NAE_ERA_R-2362_Emakeele_Selts, lk 94
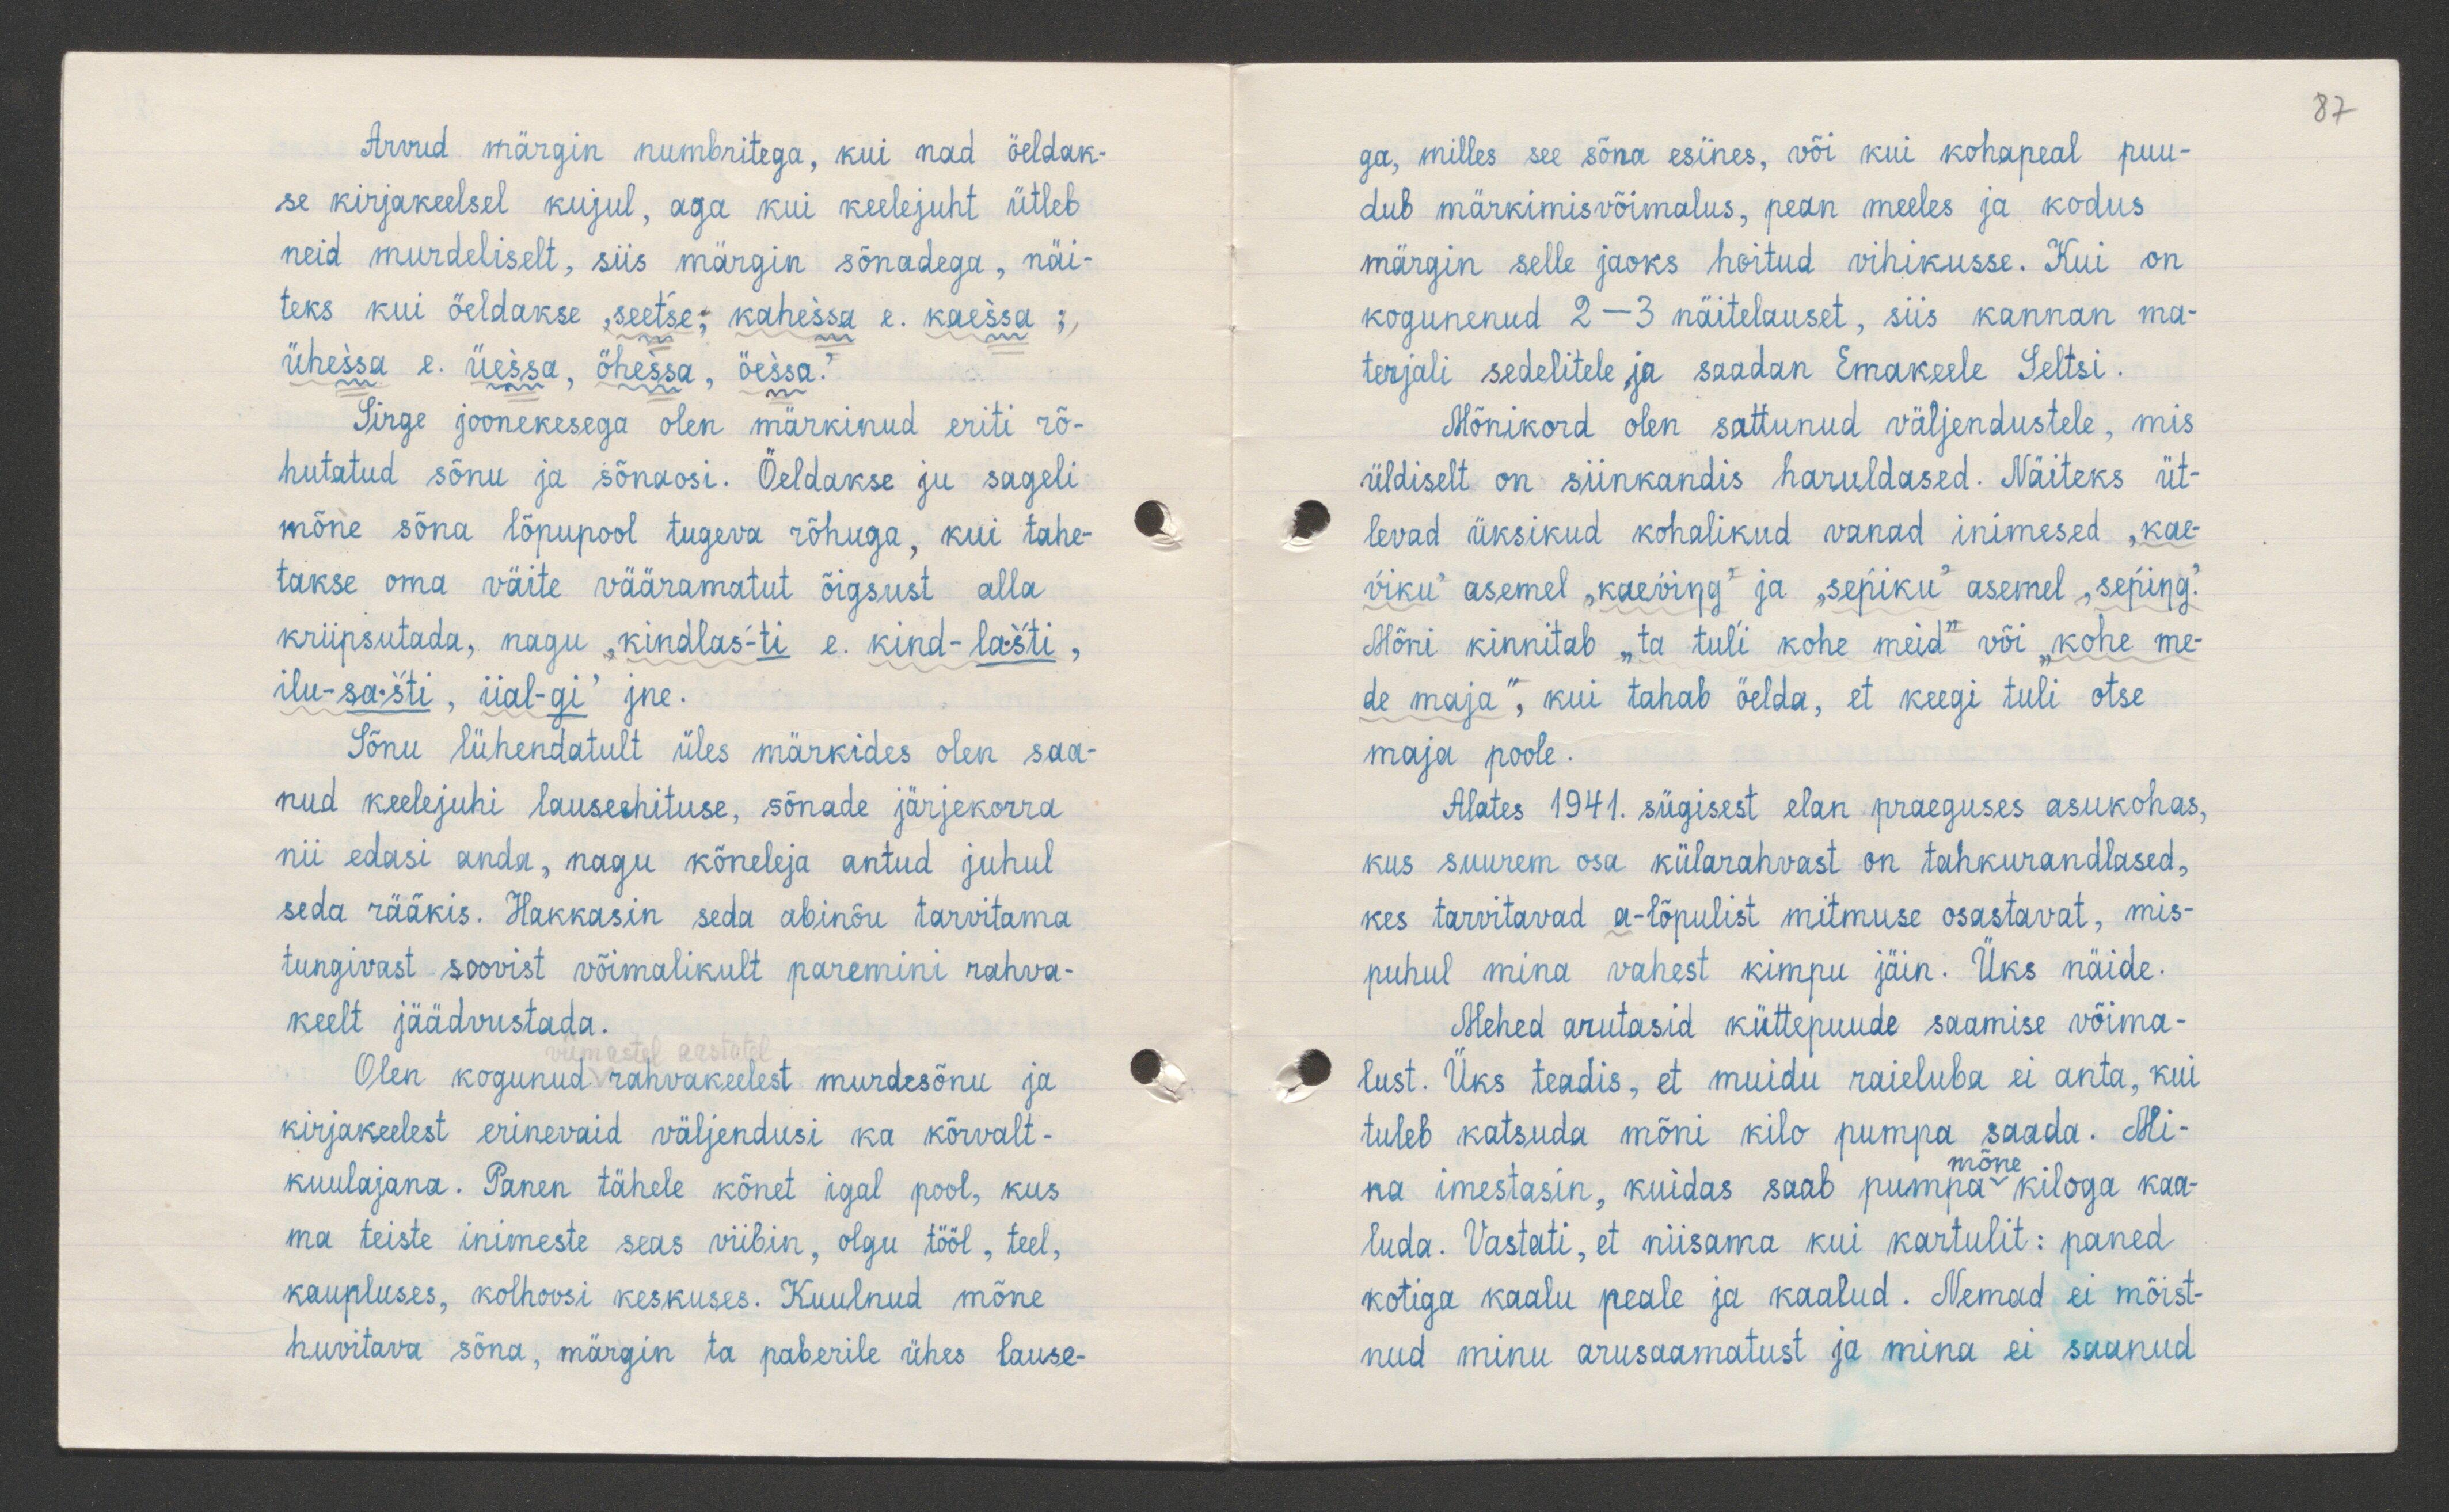
87

Arvud märgin numbritega, kui nad öeldak-
se kirjakeelsel kujul, aga kui keelejuht ütleb
neid murdeliselt, siis märgin sõnadega, näi-
teks kui öeldakse "seetse; kahessa e. kaessa;
ühessa e. üessa, öhessa, öessa.“
Sirge joonekesega olen märkinud eriti rõ-
hutatud sõnu ja sõnaosi. Öldakse ju sageli-
mõne sõna lõpupool tugeva rõhuga, kui tahe-
takse oma väite vääramatut õigsust alla
kriipsutada, nagu "kindlas-ti e. kind-lasti,
ilu-sa-sti, iial-gi" jne.
Sõnu lühendatult üles märkides olen saa-
nud keelejuhi lauseehituse, sõnade järjekorra
nii edasi anda, nagu kõneleja antud juhul
seda rääkis. Hakkasin seda abinõu tarvitama
tungivast soovist võimalikult paremini rahva-
keelt jäädvustada.
Olen kogunud rahvakeelest murdesõnu ja
kirjakeelest erinevaid väljendusi ka kõrvalt-
kuulajana. Panen tähele kõnet igal pool, kus
ma teiste inimeste seas viibin, olgu tööl, teel,
kaupluses, kolhoosi keskuses. Kuulnud mõne
huvitava sõna, märgin ta paberile ühes lause-

ga, milles see sõna esines, või kui kohapeal puu-
dub märkimisvõimalus, pean meeles ja kodus
märgin selle jaoks hoitud vihikusse. Kui on
kogunenud 2-3 näitelauset, siis kannan ma-
terjali sedelitele ja saadan Emakeele Seltsi.
Mõnikord olen sattunud väljendustele, mis
üldiselt on siinkandis haruldased. Näiteks üt-
levad üksikud kohalikud vanad inimesed, kae-
viku" asemel "kaeving" ja "sepiku" asemel "seping."
Mõni kinnitab "ta tuli kohe meid" või kohe me-
de maja", kui tahab öelda, et keegi tuli otse
maja poole.
Alates 1941. sügisest elan praeguses asukohas,
kus suurem osa külarahvast on tahkurandlased,
kes tarvitavad a-lõpulist mitmuse osastavat, mis-
puhul mina vahest kimpu jäin. Üks näide.
Mehed arutasid küttepuude saamise võima-
lust. Üks teadis, et muidu raieluba ei anta, kui
tuleb katsuda mõni kilo pumpa saada. Mi-
mõne
na imestasin, kuidas saab pumpa kiloga kaa-
luda. Vastati, et niisama kui kartulit : paned
kotiga kaalu peale ja kaalud. Nemad ei mõist-
nud minu arusaamatust ja mina ei saanud